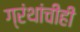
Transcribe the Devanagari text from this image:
ग्रंथांचीही